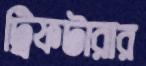
ট্রিফটারার